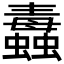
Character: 𧔄